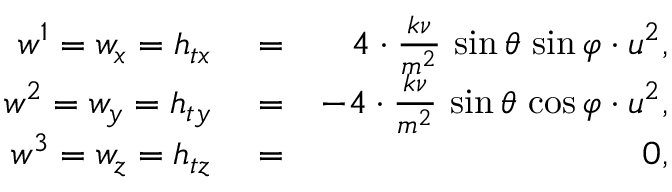
\begin{array} { r l r } { w ^ { 1 } = w _ { x } = h _ { t x } } & { { } = } & { 4 \cdot \frac { k \nu } { m ^ { 2 } } \, \sin \theta \, \sin \varphi \cdot u ^ { 2 } , } \\ { w ^ { 2 } = w _ { y } = h _ { t y } } & { { } = } & { - 4 \cdot \frac { k \nu } { m ^ { 2 } } \, \sin \theta \, \cos \varphi \cdot u ^ { 2 } , } \\ { w ^ { 3 } = w _ { z } = h _ { t z } } & { { } = } & { 0 , } \end{array}